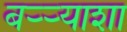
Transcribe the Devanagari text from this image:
बऱ्र्‍याशा